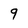
Character: 9